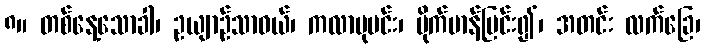
၈။ တစ်နေ့သောခါ၊ ဥယျာဉ်သာဝယ်၊ ကလာဗုမင်း၊ မိုက်မာန်ပြင်း၍၊ အတင်း လက်ခြေ၊